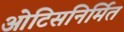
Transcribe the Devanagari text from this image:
ओटिसनिर्मित